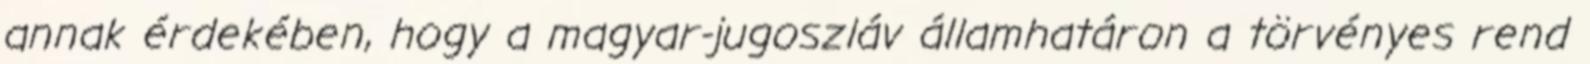
annak érdekében, hogy a magyar-jugoszláv államhatáron a törvényes rend